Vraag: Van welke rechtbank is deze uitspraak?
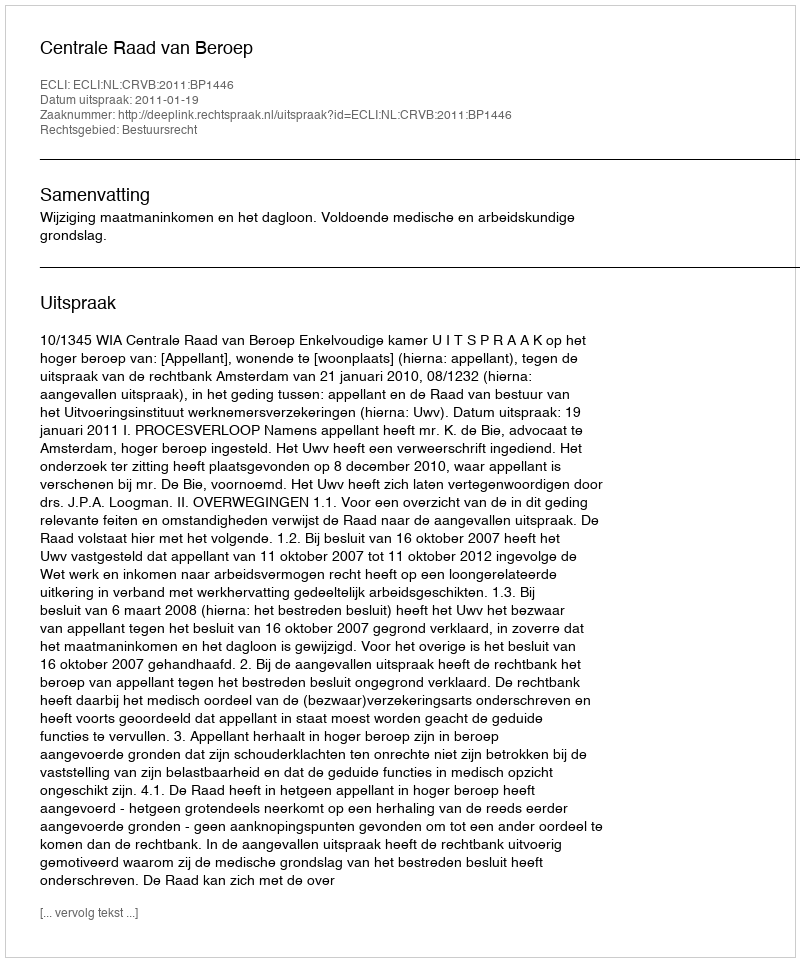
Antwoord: Centrale Raad van Beroep